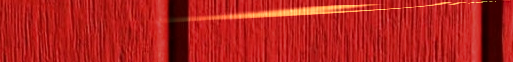
Under New Mgmt